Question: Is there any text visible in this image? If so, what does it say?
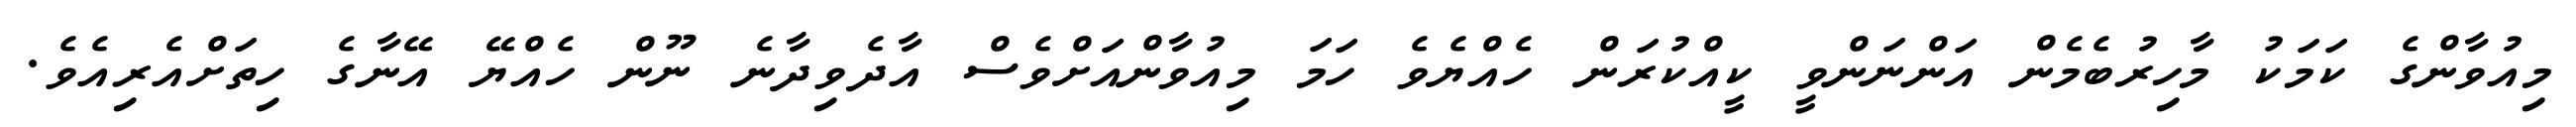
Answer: މިއުވާންގެ ކަމަކު މާހިރުބެމެން އަންނަންވީ ކީއްކުރަން ހެއްޔެވެ ހަމަ މިއުވާންއަށްވެސް އާދެވިދާނެ ނޫން ހެއްޔޭ އޭނާގެ ހިތަށްއެރިއެވެ.